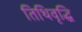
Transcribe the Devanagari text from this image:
तिथिवृद्धि